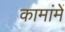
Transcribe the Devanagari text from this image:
कामांमें